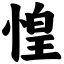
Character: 惶